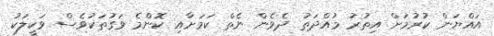
އައްޔަން ކުރުމަށް އިތުރު މުއްދަތު ދެވެން ނެތް ކަމަށާއި ކޮންމެ ވަގުތަކުވެސް ވަކީލަކު